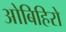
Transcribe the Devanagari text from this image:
ओबिहिरो